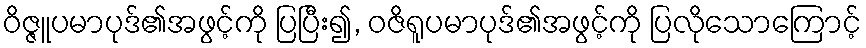
ဝိဇ္ဇူပမာပုဒ်၏အဖွင့်ကို ပြပြီး၍, ဝဇိရူပမာပုဒ်၏အဖွင့်ကို ပြလိုသောကြောင့်